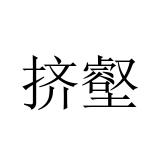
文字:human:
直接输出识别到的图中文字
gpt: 挤壑